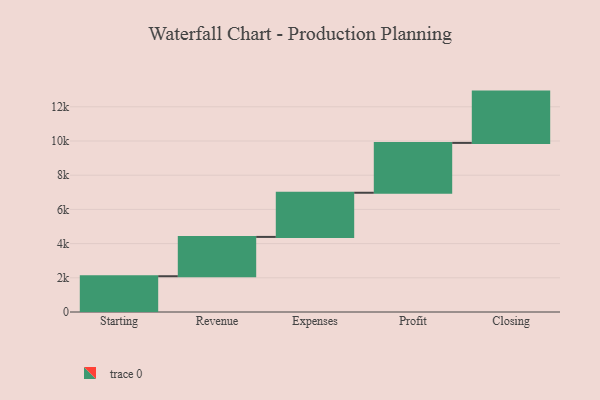
{"axis": {"x": "Step", "y": "Value"}, "legend": [""], "data": [{"x": "Starting", "y": 2092.0, "type": ""}, {"x": "Revenue", "y": 2299.0, "type": ""}, {"x": "Expenses", "y": 2583.0, "type": ""}, {"x": "Profit", "y": 2915.0, "type": ""}, {"x": "Closing", "y": 3000, "type": ""}]}